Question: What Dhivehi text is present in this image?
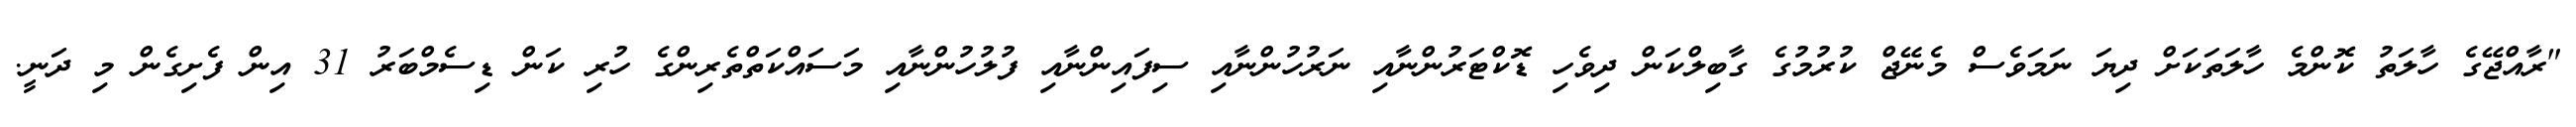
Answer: "ރާއްޖޭގެ ހާލަތު ކޮންމެ ހާލަތަކަށް ދިޔަ ނަމަވެސް މެނޭޖް ކުރުމުގެ ގާބިލްކަން ދިވެހި ޑޮކްޓަރުންނާއި ނަރުހުންނާއި ސިފައިންނާއި ފުލުހުންނާއި މަސައްކަތްތެރިންގެ ހުރި ކަން ޑިސެމްބަރު 31 އިން ފެށިގެން މި ދަނީ.